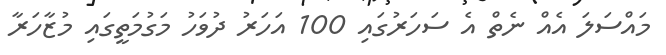
މައްސަލަ އެއް ނެތް އެ ސަހަރުގައި 100 އަހަރު ދުވަހު މަގުމަތީގައި މުޒާހަރާ